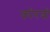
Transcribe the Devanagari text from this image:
कोरबो